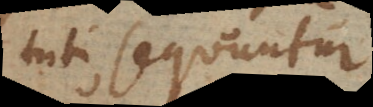
tuti sequuntur.